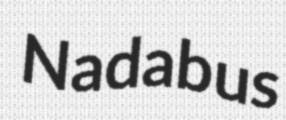
Nadabus